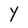
Character: Y